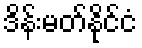
ဒိန်းမတ်နိုင်ငံ